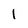
Character: l